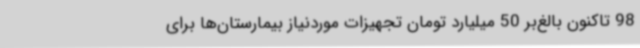
98 تاکنون بالغ‌بر 50 میلیارد تومان تجهیزات موردنیاز بیمارستان‌ها برای